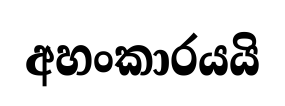
අහංකාරයයි